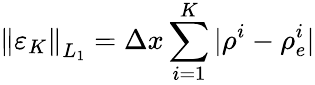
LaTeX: \left\| \varepsilon_{K}\right\| _{L_{1}}=\Delta x\sum_{i=1}^{K}|\rho^{i}-\rho_{e}^{i}|